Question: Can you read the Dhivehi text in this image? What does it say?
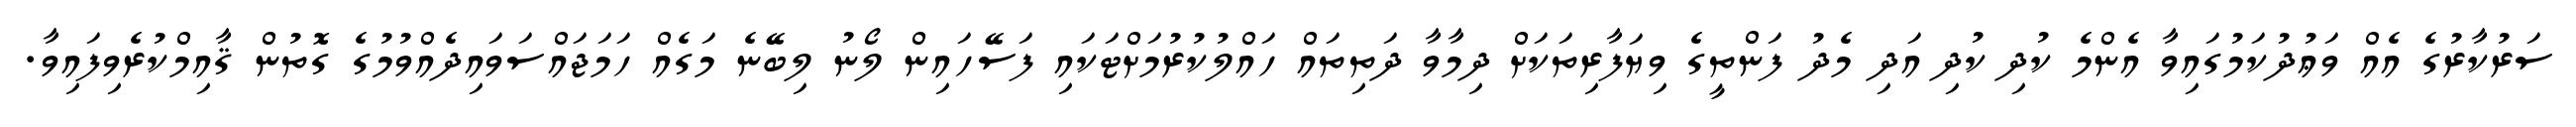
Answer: ސަރުކާރުގެ އެއް ވަޢުދުކަމުގައިވާ އެންމެ ކުދި ކުދި އަދި މެދު ފަންތީގެ ވިޔަފާރިތަކަށް ދިމާވާ ދަތިތައް ހައްލުކުރުމަށްޓަކައި ފަސޭހައިން ލޯނު ލިބޭނެ މަގެއް ހަމަޖައްސަވައިދެއްވުމުގެ ގޮތުން ޤާއިމްކުރެވިފައިވާ.